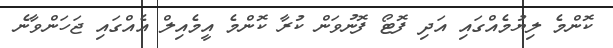
ކޮންމެ ލިޔުމެއްގައި އަދި ފޮޓޯ ފޮނުވަން ކުރާ ކޮންމެ އީމެއިލް އެއްގައި ޖަހަންވާނެ